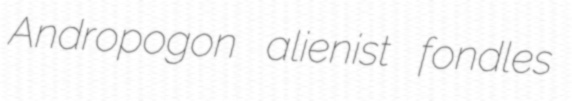
Andropogon alienist fondles